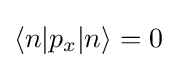
\langle n|p_{x}|n\rangle =0